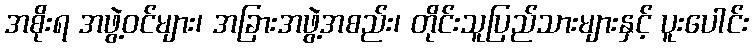
အစိုးရ အဖွဲ့ဝင်များ၊ အခြားအဖွဲ့အစည်း၊ တိုင်းသူပြည်သားများနှင့် ပူးပေါင်း